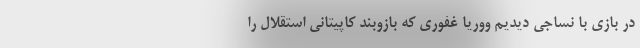
در بازی با نساجی دیدیم ووریا غفوری که بازوبند کاپیتانی استقلال را